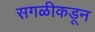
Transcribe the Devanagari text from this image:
सगळीकडून